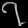
Digit: ၇